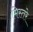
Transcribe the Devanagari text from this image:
मिस्तरे